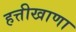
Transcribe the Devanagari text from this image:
हत्तीखाणा